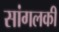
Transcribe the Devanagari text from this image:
सांगलकी